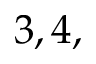
3 , 4 ,